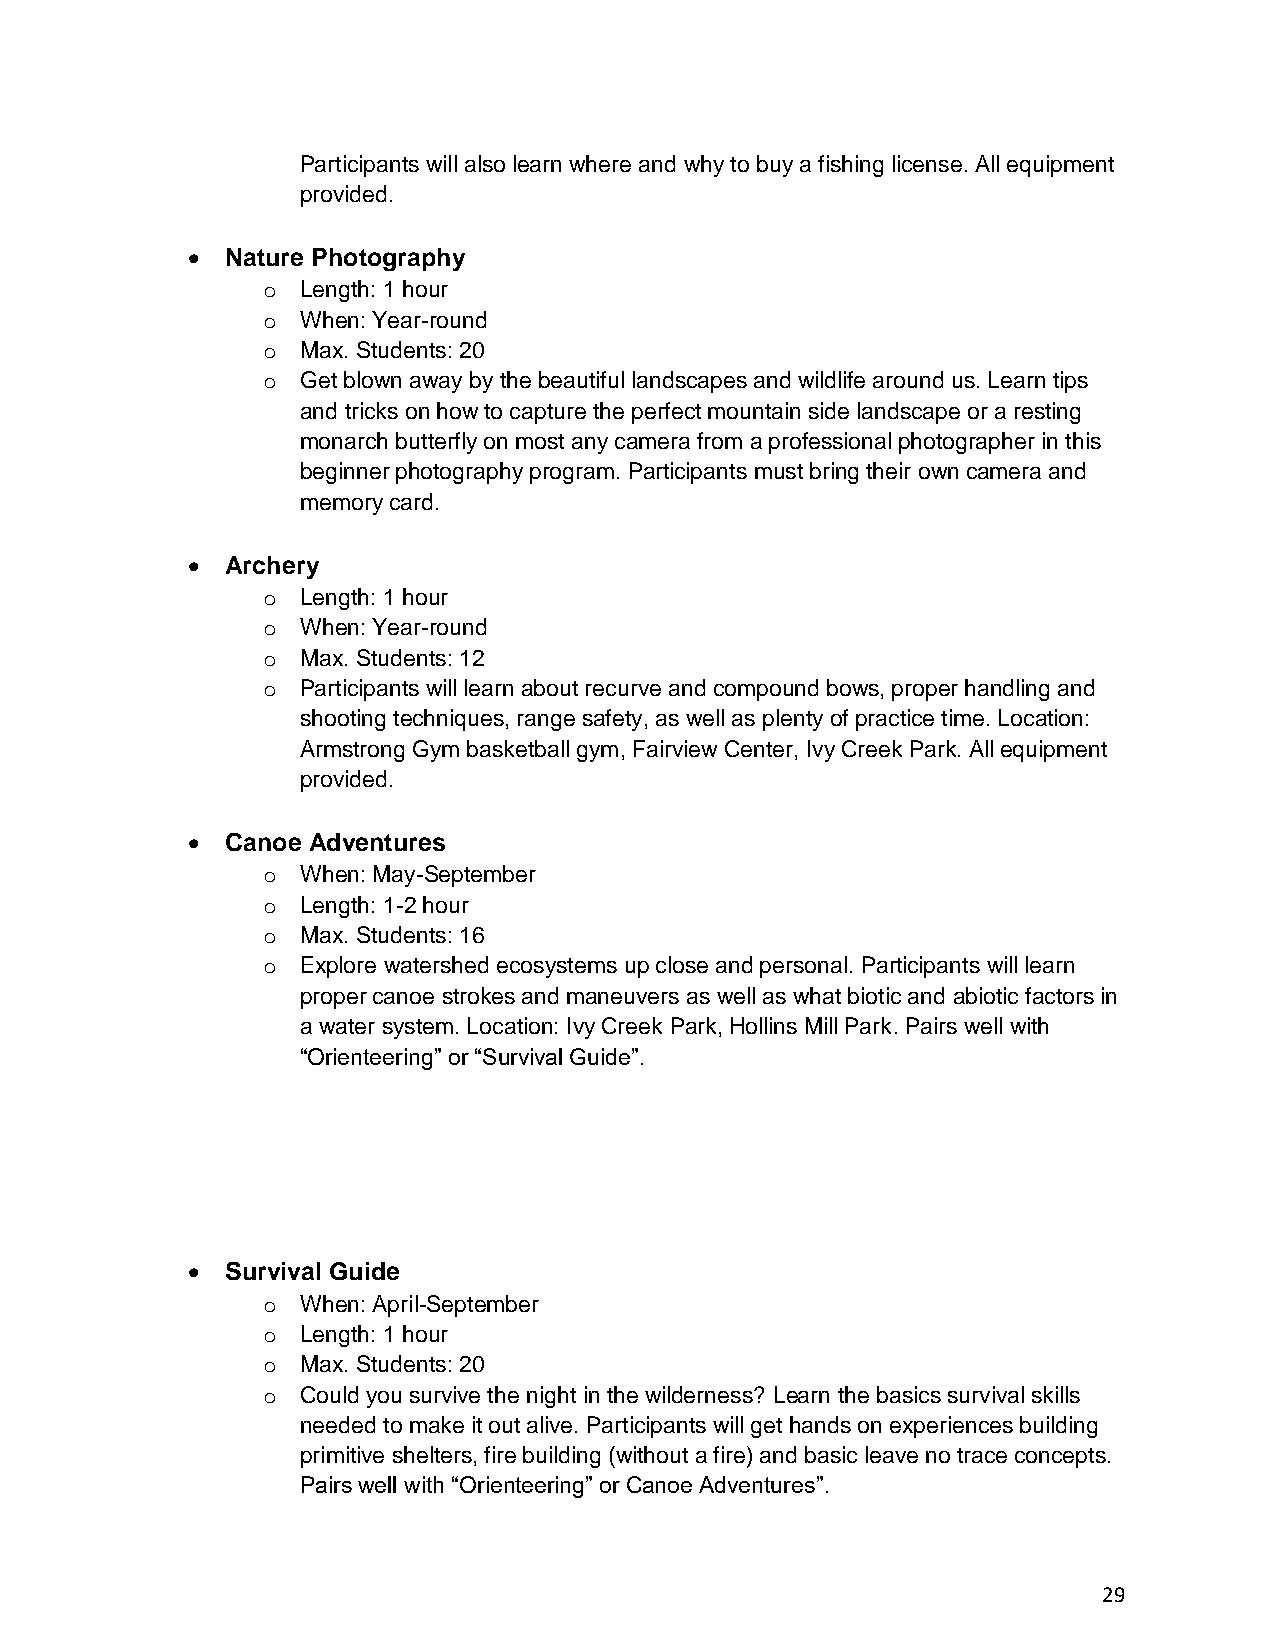
Participants will also learn where and why to buy a fishing license. All equipment
 provided.
 •  Nature Photography
 o  Length: 1 hour
 o  When: Year-round
 o  Max. Students: 20
 o  Get blown away by the beautiful landscapes and wildlife around us. Learn tips
 and tricks on how to capture the perfect mountain side landscape or a resting
 monarch butterfly on most any camera from a professional photographer in this
 beginner photography program. Participants must bring their own camera and
 memory card.
 •  Archery
 o  Length: 1 hour
 o  When: Year-round
 o  Max. Students: 12
 o  Participants will learn about recurve and compound bows, proper handling and
 shooting techniques, range safety, as well as plenty of practice time. Location:
 Armstrong Gym basketball gym, Fairview Center, Ivy Creek Park. All equipment
 provided.
 •  Canoe Adventures
 o  When: May-September
 o  Length: 1-2 hour
 o  Max. Students: 16
 o  Explore watershed ecosystems up close and personal. Participants will learn
 proper canoe strokes and maneuvers as well as what biotic and abiotic factors in
 a water system. Location: Ivy Creek Park, Hollins Mill Park. Pairs well with
 “Orienteering” or “Survival Guide”.
 •  Survival Guide
 o  When: April-September
 o  Length: 1 hour
 o  Max. Students: 20
 o  Could you survive the night in the wilderness? Learn the basics survival skills
 needed to make it out alive. Participants will get hands on experiences building
 primitive shelters, fire building (without a fire) and basic leave no trace concepts.
 Pairs well with “Orienteering” or Canoe Adventures”.
 29